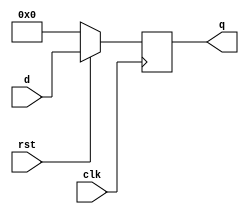
`timescale 1ns / 1ps
//////////////////////////////////////////////////////////////////////////////////
// Company: 
// Engineer: 
// 
// Design Name: 
// Module Name: sync_reg8
// Project Name: 
// Target Devices: 
// Tool Versions: 
// Description: 
// 
// Dependencies: 
// 
// Revision:
// Revision 0.01 - File Created
// Additional Comments:
// 
//////////////////////////////////////////////////////////////////////////////////


module sync_reg8(d, clk, rst, q);
    input[7:0] d;
    input clk, rst;
    output reg[7:0] q;

    always @(posedge clk) begin
        if(rst == 1'b0)
            q <= 8'b00000000;
        else
            q <= d;
    end
endmodule